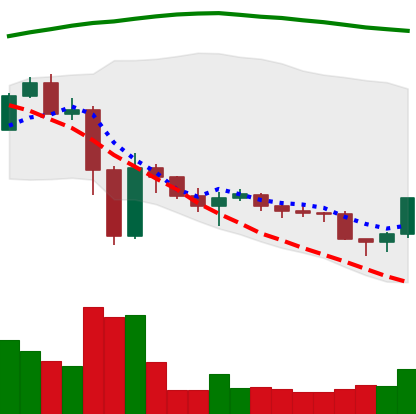
Ticker: ETC-USD
Chart end date: 2022-11-23
Forward return: -5.037%
Label: down_5_7